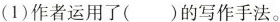
(1)作者运用了()的写作手法。